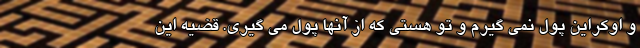
و اوکراین پول نمی گیرم و تو هستی که از آنها پول می گیری. قضیه این